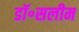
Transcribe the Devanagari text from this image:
डॉ॰सलीम